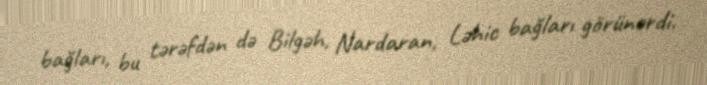
bağları, bu tərəfdən də Bilgəh, Nardaran, Ləhic bağları görünərdi.